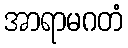
အာရာမဂတံ